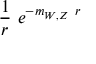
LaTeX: { \frac { 1 } { r } } \ e ^ { - m _ { W , Z } \ r }